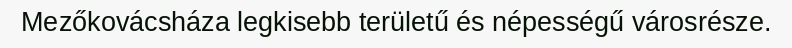
Mezőkovácsháza legkisebb területű és népességű városrésze.